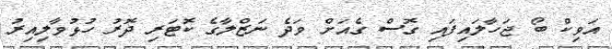
އަވިކް ބޯ ޖަހާލައިފައި ގޮސް ގެއަށް ވަދެ ނަޒްލާގެ ކޮޓަރި ދޮރު ހުޅުވާލިއިރު